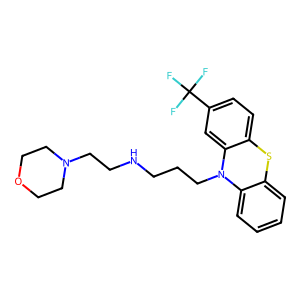
SMILES: FC(F)(F)c1ccc2c(c1)N(CCCNCCN1CCOCC1)c1ccccc1S2
Inhibits HIV replication: No